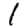
Digit: 1